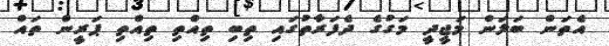
އެތަން ބަލަން މަޖީދީ މަގުގެ ދެފަރާތުގައި ތިބި ތިއްތި ތިއްތި ޕަރީން ތައް